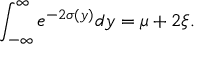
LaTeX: \int _ { - \infty } ^ { \infty } e ^ { - 2 \sigma ( y ) } d y = \mu + 2 \xi .